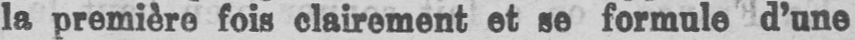
la première fois clairement et se formule d’une